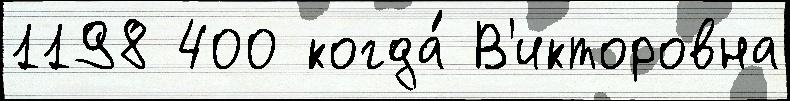
1198 400 когда́ В'икторовна